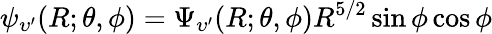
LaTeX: \psi_{\upsilon^{\prime}}(R;\theta,\phi)=\Psi_{\upsilon^{\prime}}(R;\theta,\phi)R^{5/2}\sin\phi\cos\phi